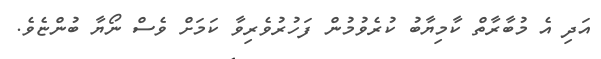
އަދި އެ މުބާރާތް ކާމިޔާބު ކުރެވުމުން ފަހުރުވެރިވާ ކަމަށް ވެސް ނޯޔާ ބުންޏެވެ.